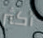
أكثر